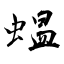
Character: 蝹